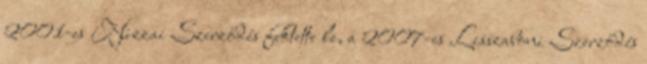
2001-es Nizzai Szerződés fektette le, a 2007-es Lisszaboni Szerződés